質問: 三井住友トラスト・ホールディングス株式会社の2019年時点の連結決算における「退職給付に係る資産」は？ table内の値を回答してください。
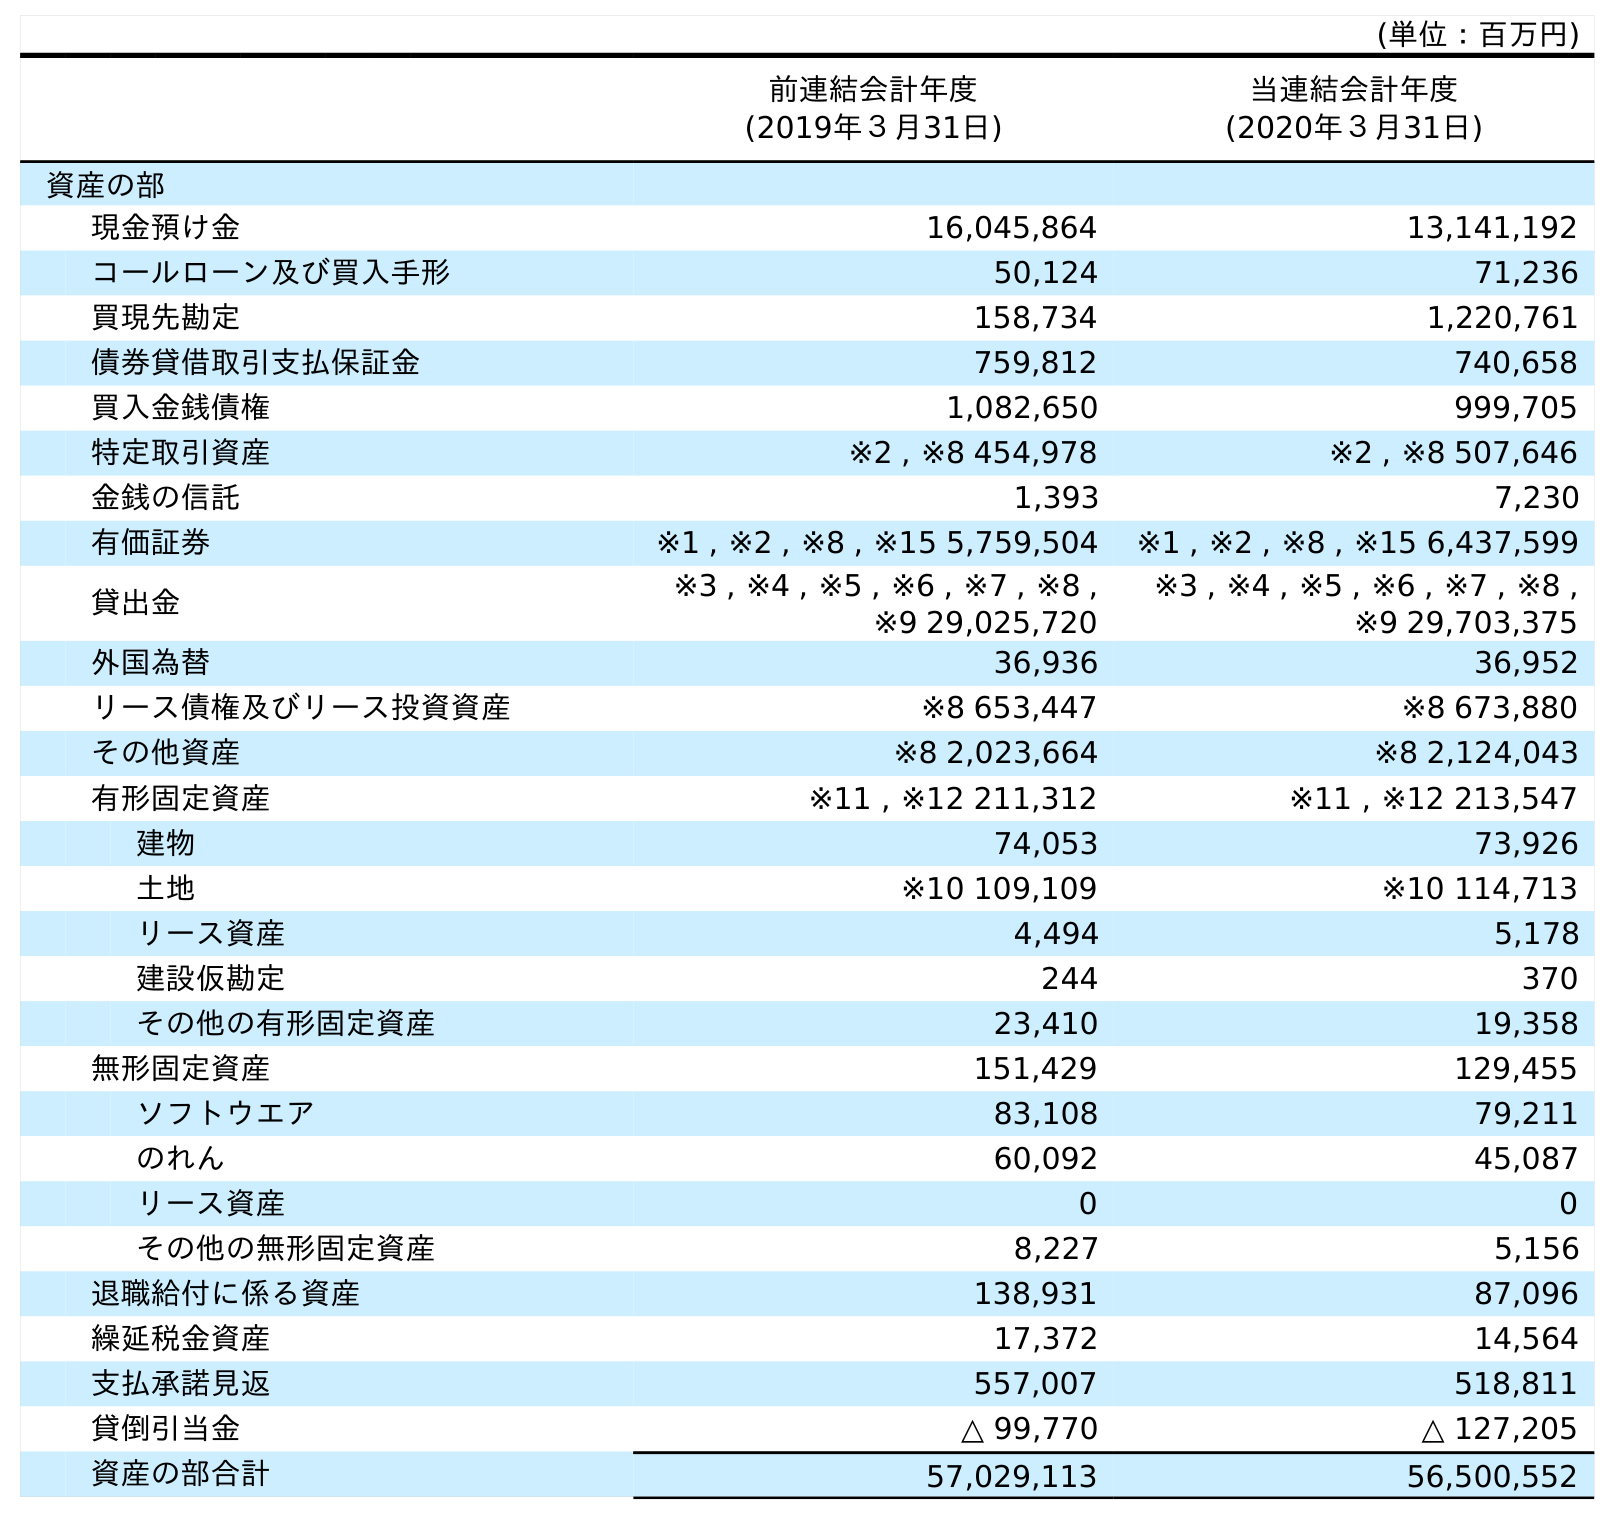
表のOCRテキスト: (単位：百万円) 前連結会計年度 (2019年３月31日) 当連結会計年度 (2020年３月31日) 資産の部 現金預け金 16,045,864 13,141,192 コールローン及び買入手形 50,124 71,236 買現先勘定 158,734 1,220,761 債券貸借取引支払保証金 759,812 740,658 買入金銭債権 1,082,650 999,705 特定取引資産 ※2 , ※8 454,978 ※2 , ※8 507,646 金銭の信託 1,393 7,230 有価証券 ※1 , ※2 , ※8 , ※15 5,759,504 ※1 , ※2 , ※8 , ※15 6,437,599 貸出金 ※3 , ※4 , ※5 , ※6 , ※7 , ※8 , ※9 29,025,720 ※3 , ※4 , ※5 , ※6 , ※7 , ※8 , ※9 29,703,375 外国為替 36,936 36,952 リース債権及びリース投資資産 ※8 653,447 ※8 673,880 その他資産 ※8 2,023,664 ※8 2,124,043 有形固定資産 ※11 , ※12 211,312 ※11 , ※12 213,547 建物 74,053 73,926 土地 ※10 109,109 ※10 114,713 リース資産 4,494 5,178 建設仮勘定 244 370 その他の有形固定資産 23,410 19,358 無形固定資産 151,429 129,455 ソフトウエア 83,108 79,211 のれん 60,092 45,087 リース資産 0 0 その他の無形固定資産 8,227 5,156 退職給付に係る資産 138,931 87,096 繰延税金資産 17,372 14,564 支払承諾見返 557,007 518,811 貸倒引当金 △ 99,770 △ 127,205 資産の部合計 57,029,113 56,500,552
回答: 138,931